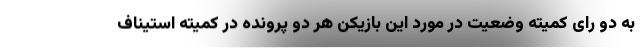
به دو رای کمیته وضعیت در مورد این بازیکن هر دو پرونده در کمیته استیناف